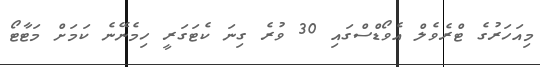
މިއަހަރުގެ ޓްރެވެލް އެވޯޑްސްގައި 30 ވުރެ ގިނަ ކެޓަގަރީ ހިމެނޭނެ ކަމަށް މަޓާޓޯ